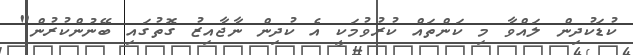
ކުޑަކުދިން ލައްވާ މި ކަންތައް ކުރުވުމަކީ އެ ކުދިން ނާޖާއިޒު ގޮތުގައި ބޭނުންކުރުން"